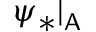
\psi _ { * } | _ { \mathsf { A } }